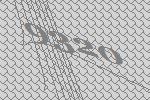
9320